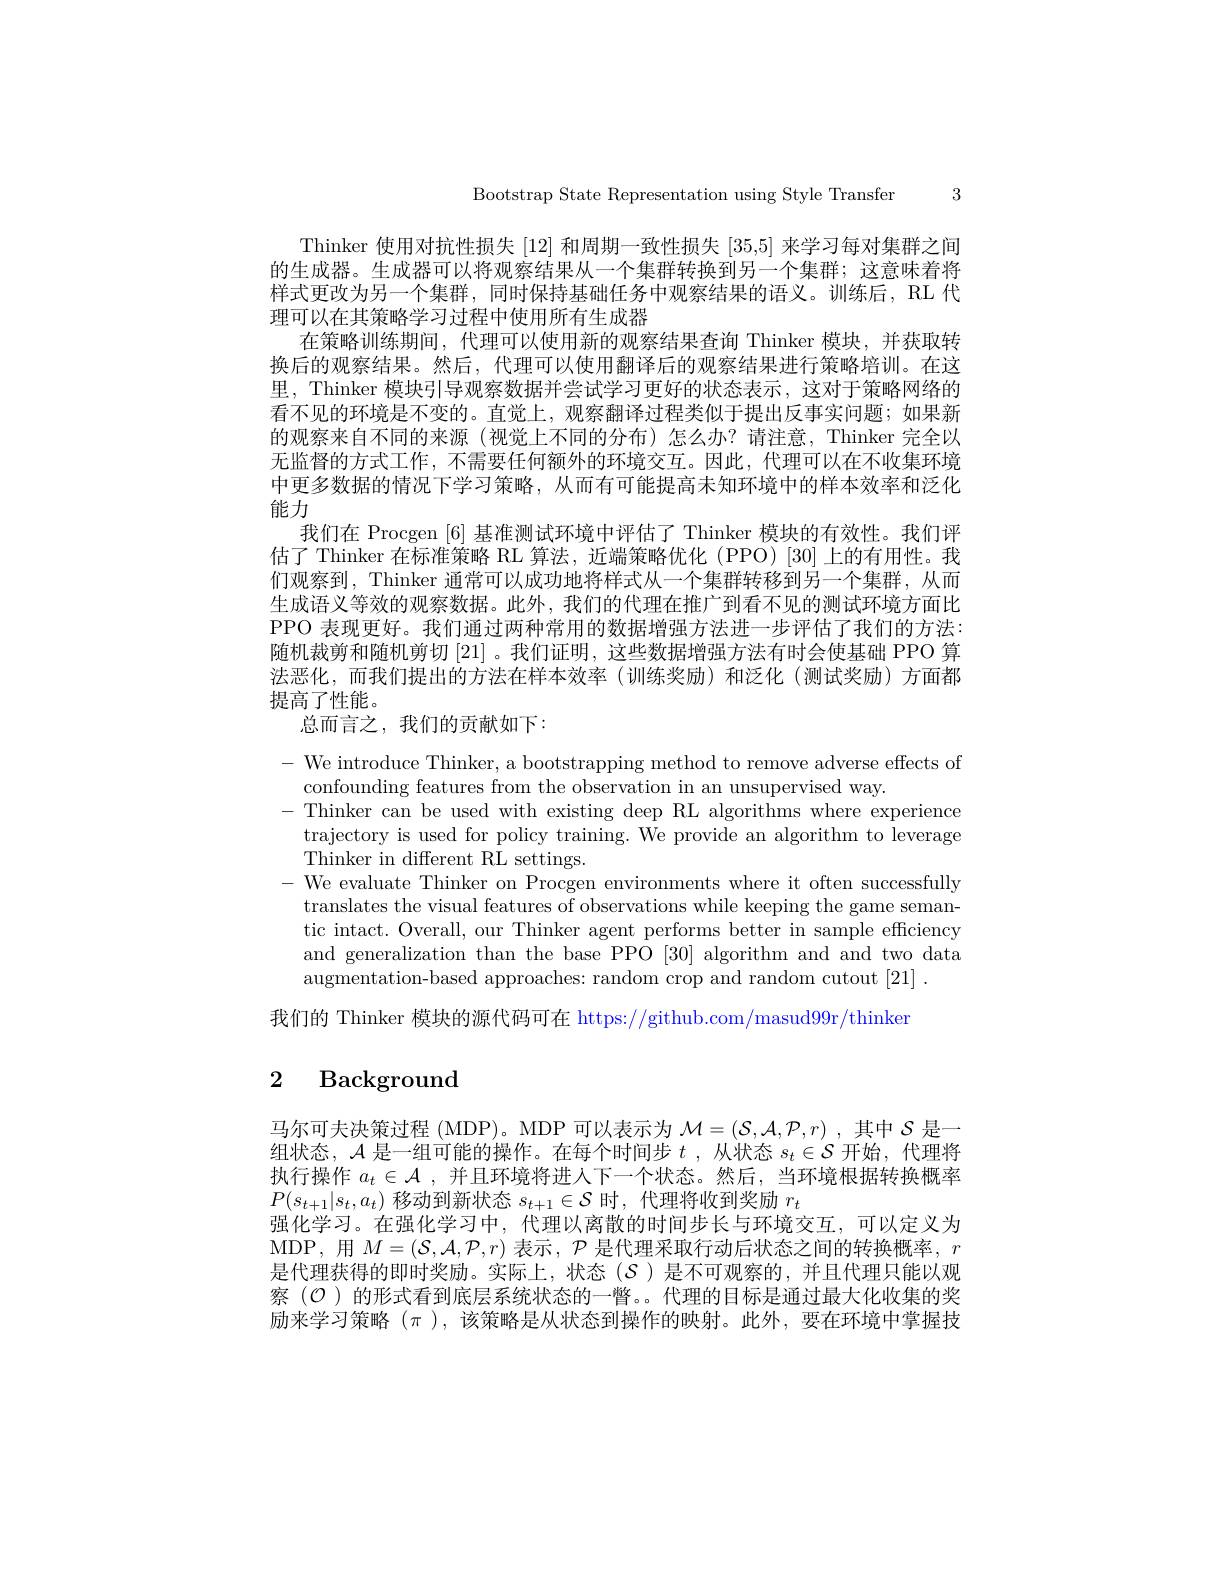
Bootstrap State Representation using Style Transfer 3

Thinker 使用对抗性损失 [12] 和周期一致性损失 [35,5] 来学习每对集群之间的生成器。生成器可以将观察结果从一个集群转换到另一个集群；这意味着将样式更改为另一个集群，同时保持基础任务中观察结果的语义。训练后，RL 代理可以在其策略学习过程中使用所有生成器
在策略训练期间，代理可以使用新的观察结果查询 Thinker 模块，并获取转换后的观察结果。然后，代理可以使用翻译后的观察结果进行策略培训。在这里，Thinker 模块引导观察数据并尝试学习更好的状态表示，这对于策略网络的看不见的环境是不变的。直觉上，观察翻译过程类似于提出反事实问题；如果新的观察来自不同的来源(视觉上不同的分布)怎么办？请注意，Thinker 完全以无监督的方式工作，不需要任何额外的环境交互。因此，代理可以在不收集环境中更多数据的情况下学习策略，从而有可能提高未知环境中的样本效率和泛化能力
我们在 Procgen [6]基准测试环境中评估了 Thinker 模块的有效性。我们评估了 Thinker 在标准策略 RL 算法，近端策略优化 (PPO) [30] 上的有用性。我们观察到，Thinker 通常可以成功地将样式从一个集群转移到另一个集群，从而生成语义等效的观察数据。此外，我们的代理在推广到看不见的测试环境方面比PPO 表现更好。我们通过两种常用的数据增强方法进一步评估了我们的方法： 随机裁剪和随机剪切 [21] 。我们证明，这些数据增强方法有时会使基础 PPO 算法恶化，而我们提出的方法在样本效率(训练奖励)和泛化(测试奖励)方面都提高了性能。
总而言之，我们的贡献如下：

$-{\mathrm{~We~introduce~Thinker,~a~bootstrapping~method~to~remove~adverse~effects~of}}$
confounding features from the observation in an unsupervised way.
-Thinker can be used with existing deep RL algorithms where experience
trajectory is used for policy training. We provide an algorithm to leverage
Thinker in different RL settings.
- We evaluate Thinker on Procgen environments where it often successfully
translates the visual features of observations while keeping the game semantic intact. Overall, our Thinker agent performs better in sample efficiency and generalization than the base PPO [30] algorithm and and two data augmentation-based approaches: random crop and random cutout [21] .
我们的 Thinker 模块的源代码可在 https://github.com/masud99r/thinker

# 2 Background

马尔可夫决策过程 (MDP)。MDP 可以表示为$\mathcal{M}=(\mathcal{S},\mathcal{A},\mathcal{P},r)$ ,其中$\mathcal{S}$是一组状态，$\mathcal{A}$是一组可能的操作。在每个时间步$t$ ,从状态$s_t\in\mathcal{S}$开始，代理将执行操作$a_t\in\mathcal{A}$ ,并且环境将进人下一个状态。然后，当环境根据转换概率$P(s_{t+1}|s_{t},a_{t})$移动到新状态$s_t+1\in\mathcal{S}$时，代理将收到奖励$r_t$
强化学习。在强化学习中，代理以离散的时间步长与环境交互，可以定义为MDP, 用$M=(\mathcal{S},\mathcal{A},\mathcal{P},r)$表示，$\mathcal{P}$是代理采取行动后状态之间的转换概率，$r$ 是代理获得的即时奖励。实际上，状态($\mathcal{S}$)是不可观察的，并且代理只能以观察 ($\mathcal{O}$ )的形式看到底层系统状态的一瞥。。代理的目标是通过最大化收集的奖励来学习策略$(\pi$ ),该策略是从状态到操作的映射。此外，要在环境中掌握技